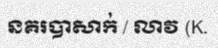
នគរបាសាក់ / លាវ (K.